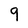
Character: 9